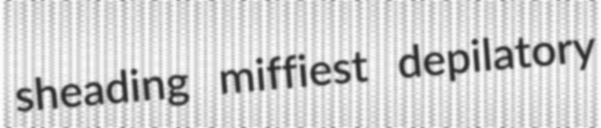
sheading miffiest depilatory